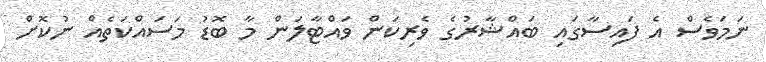
ނަމަވެސް އެ ފައިސާގައި ބައްޝާރުގެ ވެރިކަން ވައްޓާލަން މާ ބޮޑު މަސައްކަތެއް ނުކޮށް